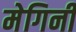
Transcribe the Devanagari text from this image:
मेगिनी